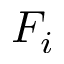
F _ { i }